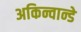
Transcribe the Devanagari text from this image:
अकिन्वान्डे